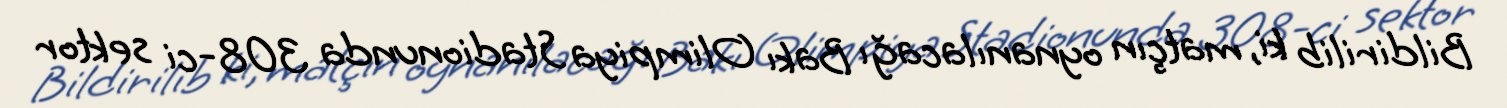
Bildirilib ki, matçın oynanılacağı Bakı Olimpiya Stadionunda 308-ci sektor